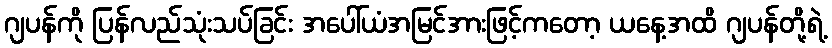
ဂျပန်ကို ပြန်လည်သုံးသပ်ခြင်း အပေါ်ယံအမြင်အားဖြင့်ကတော့ ယနေ့အထိ ဂျပန်တို့ရဲ့